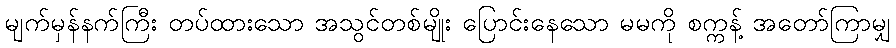
မျက်မှန်နက်ကြီး တပ်ထားသော အသွင်တစ်မျိုး ပြောင်းနေသော မမကို စက္ကန့် အတော်ကြာမျှ